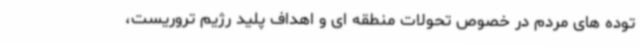
توده های مردم در خصوص تحولات منطقه ای و اهداف پلید رژیم تروریست،